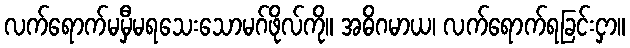
လက်ရောက်မမှီမရသေးသောမဂ်ဖိုလ်ကို။ အဓိဂမာယ၊ လက်ရောက်ရခြင်းငှာ။